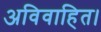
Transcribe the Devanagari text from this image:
अविवाहित।